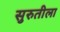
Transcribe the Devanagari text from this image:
सुरुतीला